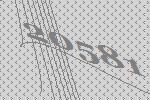
20581